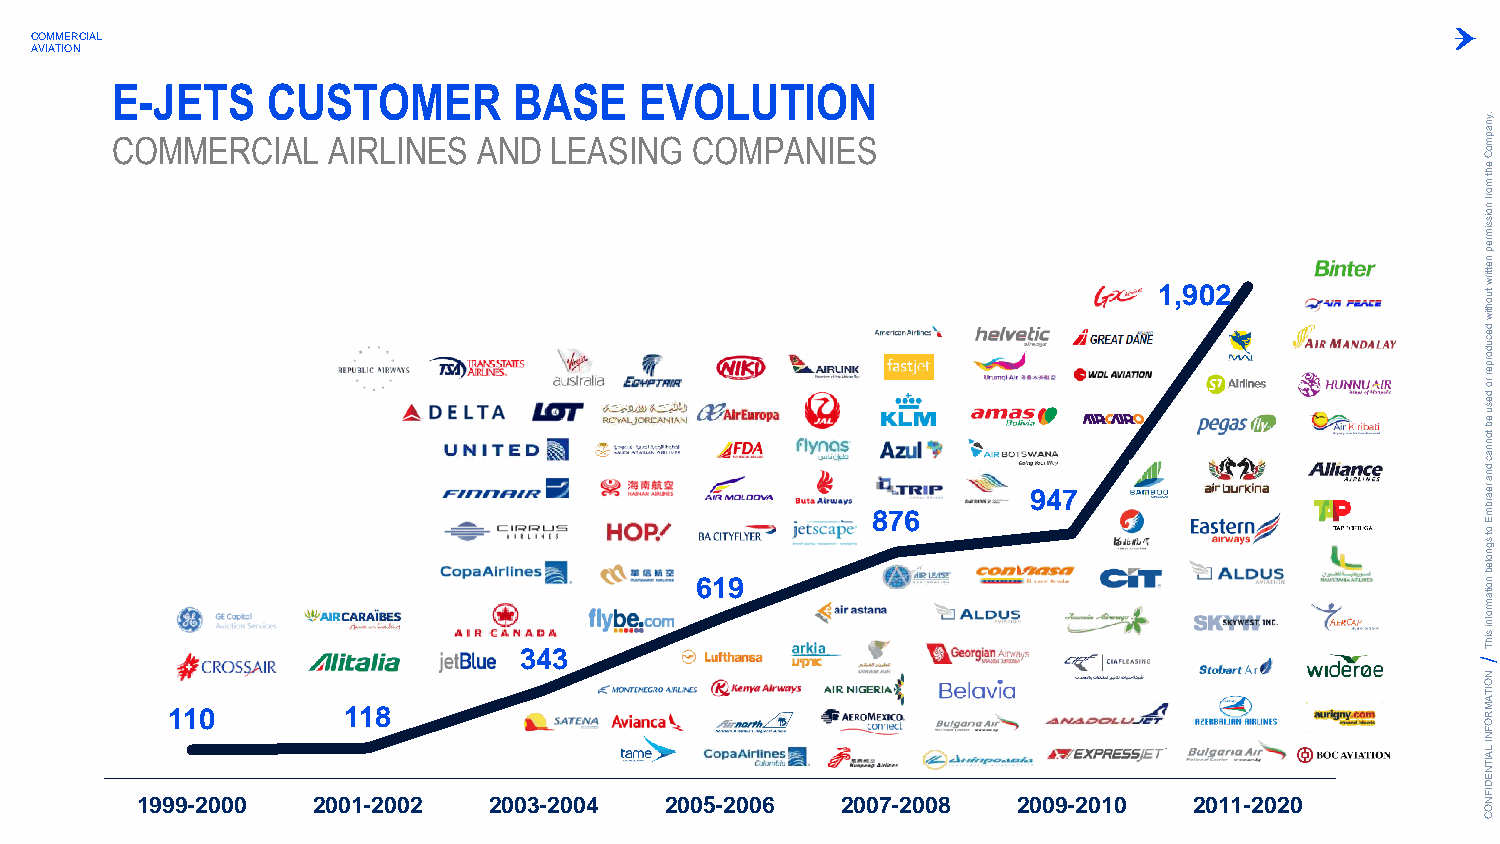
COMMERCIAL
 AVIATION
 E-JETS     CUSTOMER        BASE    EVOLUTION
 COMMERCIAL     AIRLINES  AND LEASING   COMPANIES
 .ynapm
 oC
 eht
 m
 orf
 noissim
 rep
 1,902
 nettirw
 tuohtiw
 876
 947
 decudorper
 ro
 desu
 eb
 tonnac
 dna
 rearbm
 E
 619
 ot
 sgnoleb
 noitam
 343
 rofni
 sihT
 N
 O
 ITA
 110         118                                                                        M R
 O
 F
 N
 I LA
 IT
 N
 E
 D
 1999-2000   2001-2002  2003-2004   2005-2006   2007-2008  2009-2010   2011-2020
 IF
 N
 O
 C